Civil Veterinary Dept. Bombay admin report 1932-41 - 1932-1941
Year: 1932
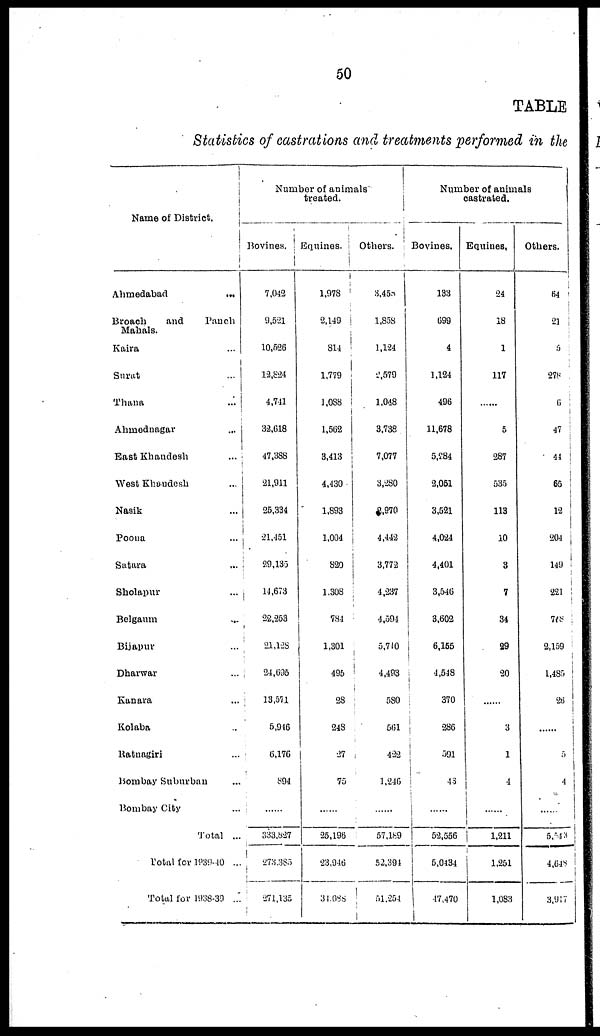
50
TABLE
Statistics of castrations and treatments performed in the
Name of
District.
Ahmedabad
...
Broach
and
Panch
Mahals.
Kaira ...
Surat ...
Thana ...
Ahmednagar
...
East Khandesh ...
West Khandesh ...
Nasik ...
Poona ...
Satara
...
Sholapur ...
Belgaum ...
Bijapur ...
Dharwar ...
Kanara ...
Kolaba ...
Ratnagiri ...
Bombay Suburban ...
Bombay City ...
Total ...
Total for 1939-40 ...
Total for 1938-39 ...
Number of animals
treated.
Bovines.
7,042
9,521
10,526
12,824
4,741
32,618
47,388
21,911
25,334
21,451
29,135
14,673
22,253
21,128
24,695
13,571
5,946
6,176
894
......
333,827
273,385
271,135
Equines.
1,978
2,149
814
1,779
1,088
1,562
3,413
4,430
1,893
1,004
820
1,308
784
1,301
495
28
248
27
75
......
25,196
23,946
34,088
Others.
3,458
1,858
1,124
2,579
1,048
3,738
7,077
3,280
2,970
4,442
3,772
4,237
4,594
5,710
4,493
580
561
422
1,246
......
57,189
52,394
51,254
Number of animals
castrated.
Bovines.
133
699
4
1,124
496
11,678
5,284
2,051
3,521
4,024
4,401
3,546
3,602
6,165
4,548
370
286
591
43
......
52,556
5,0434
17,470
Equines.
24
18
1
117
...
5
287
535
113
10
3
7
34
29
20
3
1
4
......
1,211
1,251
1,083
Others.
64
21
5
278
6
47
44
65
12
204
149
221
768
2,159
1,485
26
......
5
4
......
6,543
4,648
3,917